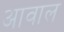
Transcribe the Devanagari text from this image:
आवाल